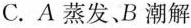
C.A蒸发、B潮解